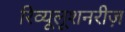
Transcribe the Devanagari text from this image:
रिव्यूलूशनरीज़